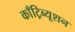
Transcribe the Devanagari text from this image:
काँट्रिब्यूशन